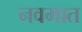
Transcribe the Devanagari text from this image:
नवमात